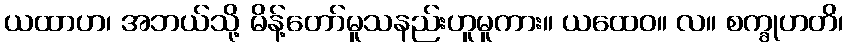
ယထာဟ၊ အဘယ်သို့ မိန့်တော်မူသနည်းဟူမူကား။ ယထေဝ။ လ။ စက္ခုဟတိ၊